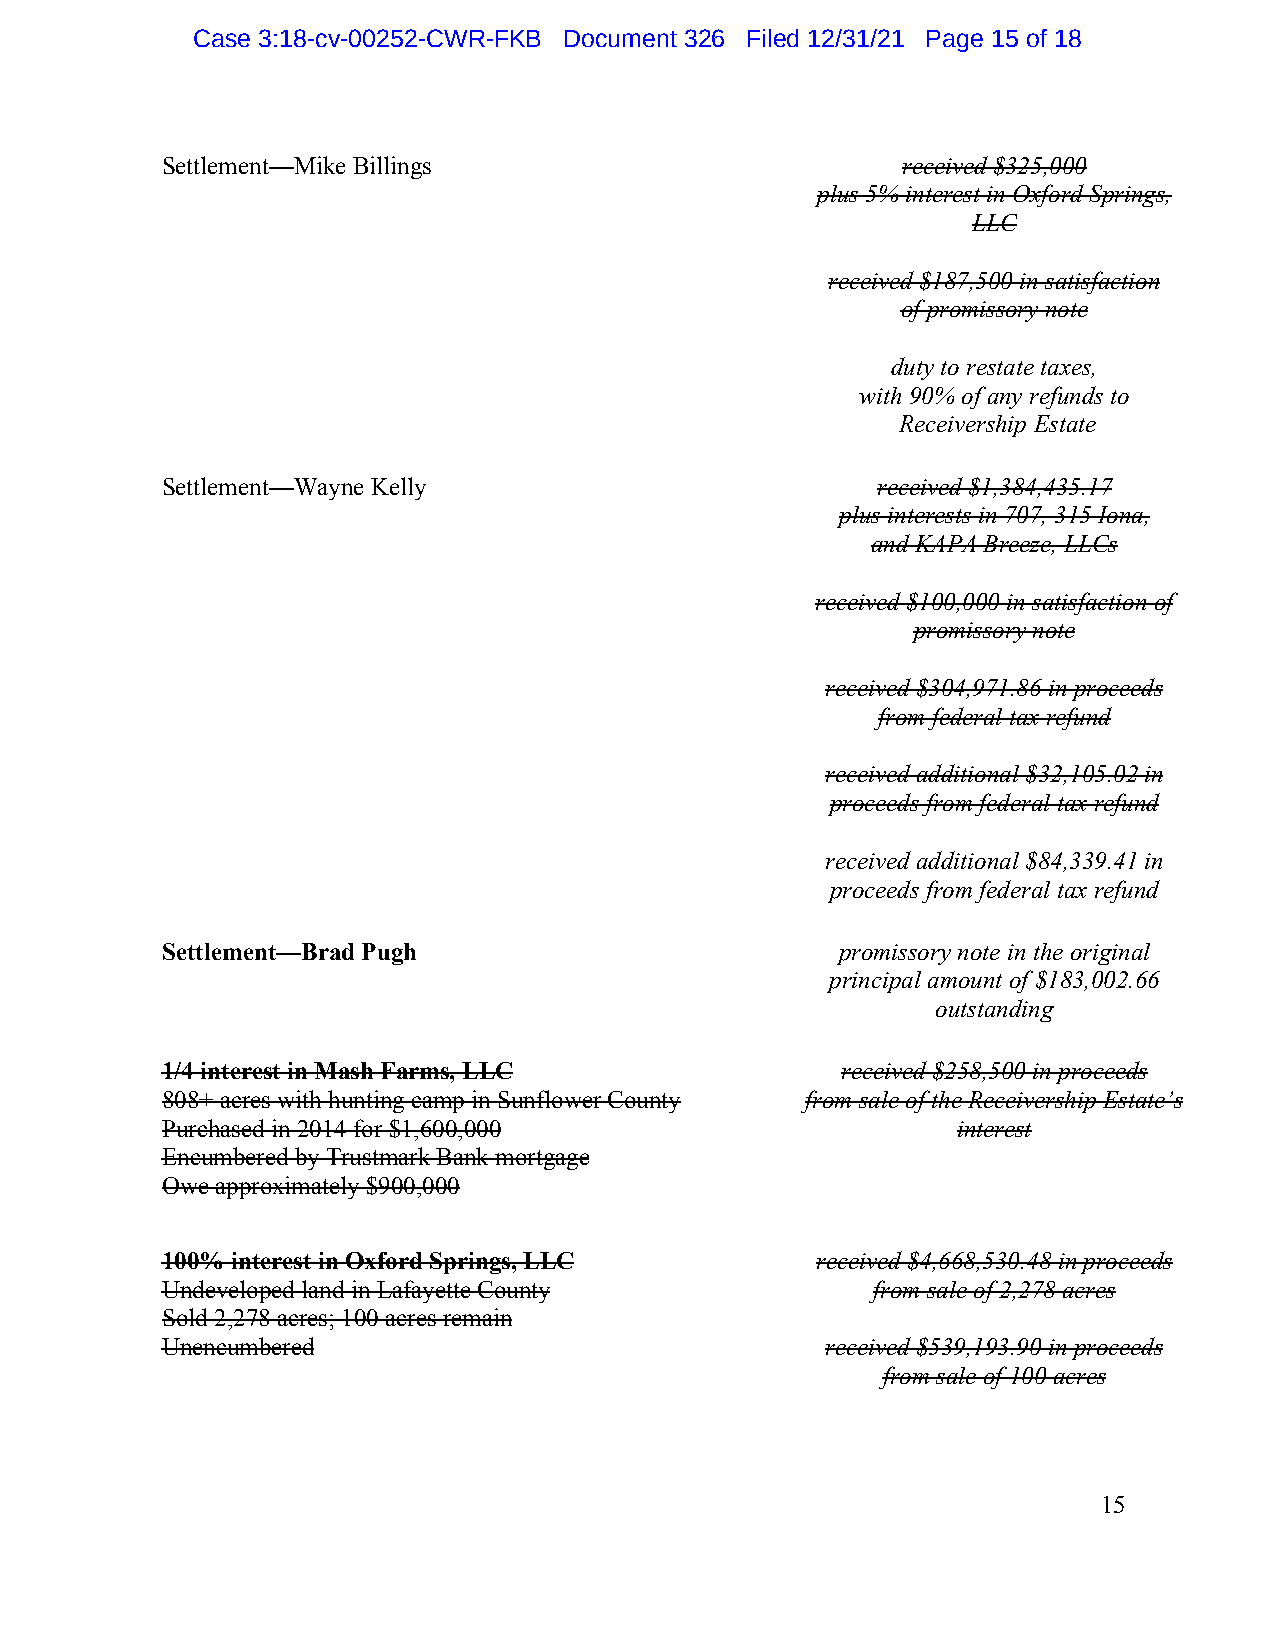
Case 3:18-cv-00252-CWR-FKB Document 326 Filed 12/31/21 Page 15 of 18
 Settlement—Mike Billings                         received $325,000
 plus 5% interest in Oxford Springs,
 LLC
 received $187,500 in satisfaction
 of promissory note
 duty to restate taxes,
 with 90% of any refunds to
 Receivership Estate
 Settlement—Wayne Kelly                         received $1,384,435.17
 plus interests in 707, 315 Iona,
 and KAPA Breeze, LLCs
 received $100,000 in satisfaction of
 promissory note
 received $304,971.86 in proceeds
 from federal tax refund
 received additional $32,105.02 in
 proceeds from federal tax refund
 received additional $84,339.41 in
 proceeds from federal tax refund
 Settlement—Brad Pugh                         promissory note in the original
 principal amount of $183,002.66
 outstanding
 1/4 interest in Mash Farms, LLC              received $258,500 in proceeds
 808+ acres with hunting camp in Sunflower County from sale of the Receivership Estate’s
 Purchased in 2014 for $1,600,000                    interest
 Encumbered by Trustmark Bank mortgage
 Owe approximately $900,000
 100% interest in Oxford Springs, LLC       received $4,668,530.48 in proceeds
 Undeveloped land in Lafayette County           from sale of 2,278 acres
 Sold 2,278 acres; 100 acres remain
 Unencumbered                                received $539,193.90 in proceeds
 from sale o f 100 acres
 15